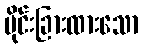
ပိုင်းခြားထားသော